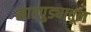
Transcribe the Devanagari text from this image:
सातपुड्यातून